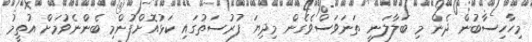
މިހާހިސާބުން ދެން މި ބަލާލަނީ ތަނަވަސްވެގެން މިދިޔަ ފުރުސަތުގައި ކަޅުއޮށްފުންމި ބެންނެވުމަށް އުތީމު